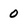
Character: 0